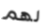
لهم